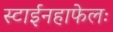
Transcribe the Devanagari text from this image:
स्टाईनहाफेलः